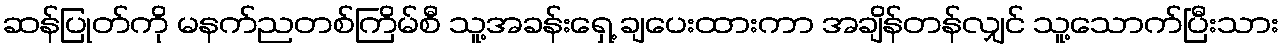
ဆန်ပြုတ်ကို မနက်ညတစ်ကြိမ်စီ သူ့အခန်းရှေ့ ချပေးထားကာ အချိန်တန်လျှင် သူ့သောက်ပြီးသား